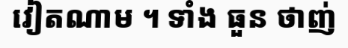
វៀតណាម ។ ទាំង ធួន ថាញ់